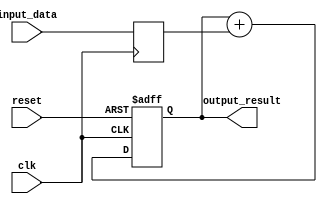
module parallel_accumulator (
    input wire clk,
    input wire reset,
    input wire [7:0] input_data,
    output wire [15:0] output_result
);

reg [15:0] accumulated_value;
reg [7:0] input_value;

always @ (posedge clk or posedge reset)
begin
    if (reset)
        accumulated_value <= 16'b0;
    else
        accumulated_value <= accumulated_value + input_value;
end

always @ (posedge clk)
begin
    input_value <= input_data;
end

assign output_result = accumulated_value;

endmodule